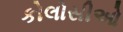
કોલોસીઓ